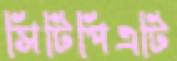
সিটিপিএটি